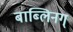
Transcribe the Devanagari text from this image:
बाब्लिनग्